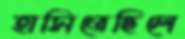
হাসিতেছিলে